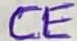
Text: CE